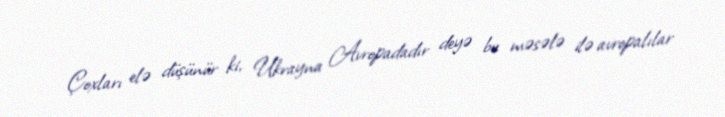
Çoxları elə düşünür ki, Ukrayna Avropadadır deyə bu məsələ ilə avropalılar